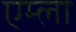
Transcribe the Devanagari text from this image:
एम्ला